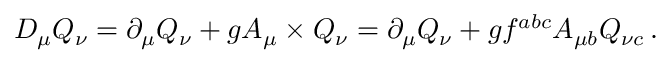
D _ { \mu } Q _ { \nu } = \partial _ { \mu } Q _ { \nu } + g A _ { \mu } \times Q _ { \nu } = \partial _ { \mu } Q _ { \nu } + g f ^ { a b c } A _ { \mu b } Q _ { \nu c } \, .